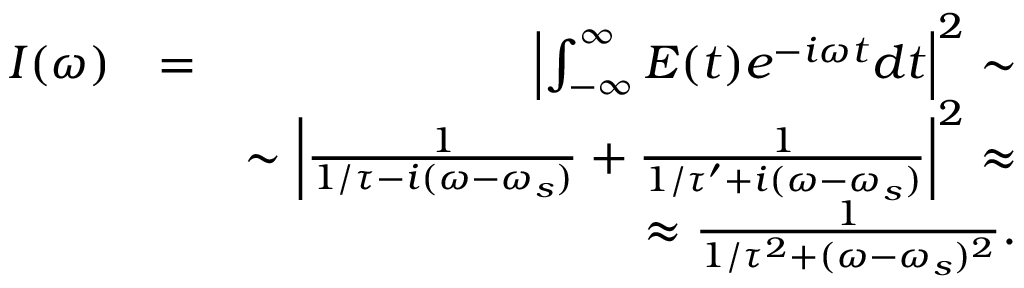
\begin{array} { r l r } { I ( \omega ) } & { = } & { \left| \int _ { - \infty } ^ { \infty } E ( t ) e ^ { - i \omega t } d t \right| ^ { 2 } \sim } \\ & { } & { \sim \left| \frac { 1 } { 1 / \tau - i ( \omega - \omega _ { s } ) } + \frac { 1 } { 1 / \tau ^ { \prime } + i ( \omega - \omega _ { s } ) } \right| ^ { 2 } \approx } \\ & { } & { \approx \frac { 1 } { 1 / \tau ^ { 2 } + ( \omega - \omega _ { s } ) ^ { 2 } } . } \end{array}